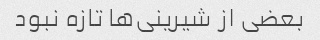
بعضی از شیرینی‌ها تازه نبود